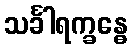
သင်္ခါရက္ခန္ဓေ